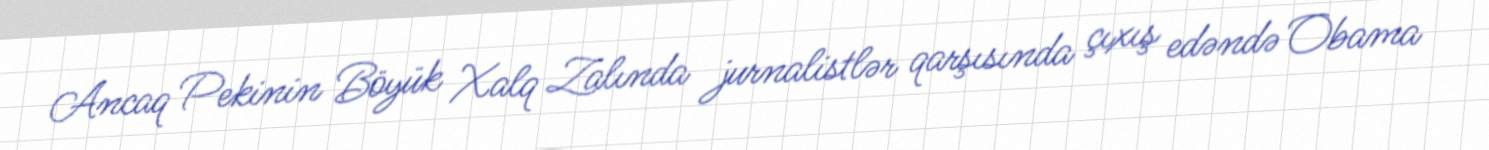
Ancaq Pekinin Böyük Xalq Zalında jurnalistlər qarşısında çıxış edəndə Obama